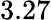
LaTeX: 3.27